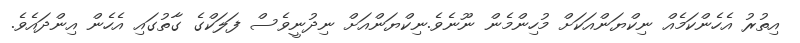
އިތުރު އެހެންކަމެއް ނިކްޔަންއަކަށް މުހިންމެން ނޫނެވެ.ނިކްޔަންއަށް ނިދުނީވެސް ފަލަކްގެ ގާތުގައި އެހެން އިންދައެވެ.